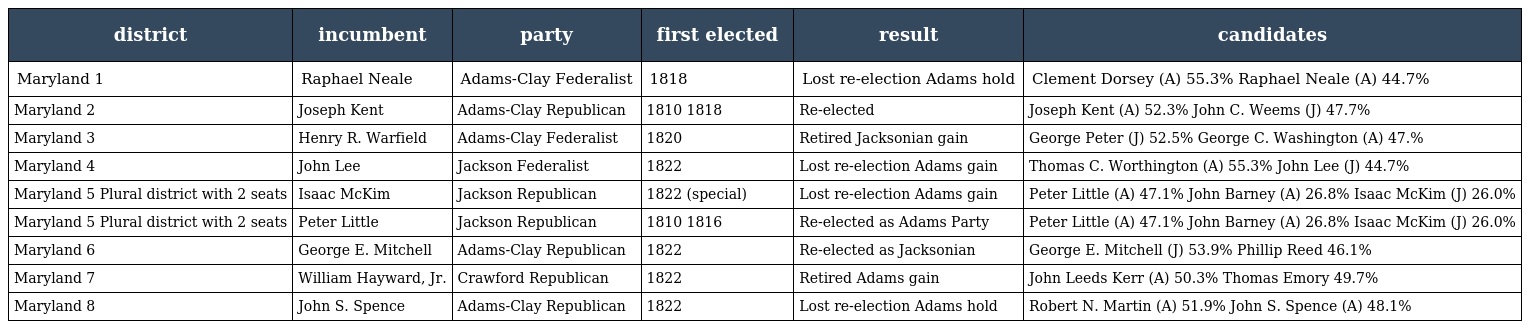
| district | incumbent | party | first elected | result | candidates |
 | --- | --- | --- | --- | --- | --- |
 | Maryland 1 | Raphael Neale | Adams-Clay Federalist | 1818 | Lost re-election Adams hold | Clement Dorsey (A) 55.3% Raphael Neale (A) 44.7% |
 | Maryland 2 | Joseph Kent | Adams-Clay Republican | 1810 1818 | Re-elected | Joseph Kent (A) 52.3% John C. Weems (J) 47.7% |
 | Maryland 3 | Henry R. Warfield | Adams-Clay Federalist | 1820 | Retired Jacksonian gain | George Peter (J) 52.5% George C. Washington (A) 47.% |
 | Maryland 4 | John Lee | Jackson Federalist | 1822 | Lost re-election Adams gain | Thomas C. Worthington (A) 55.3% John Lee (J) 44.7% |
 | Maryland 5 Plural district with 2 seats | Isaac McKim | Jackson Republican | 1822 (special) | Lost re-election Adams gain | Peter Little (A) 47.1% John Barney (A) 26.8% Isaac McKim (J) 26.0% |
 | Maryland 5 Plural district with 2 seats | Peter Little | Jackson Republican | 1810 1816 | Re-elected as Adams Party | Peter Little (A) 47.1% John Barney (A) 26.8% Isaac McKim (J) 26.0% |
 | Maryland 6 | George E. Mitchell | Adams-Clay Republican | 1822 | Re-elected as Jacksonian | George E. Mitchell (J) 53.9% Phillip Reed 46.1% |
 | Maryland 7 | William Hayward, Jr. | Crawford Republican | 1822 | Retired Adams gain | John Leeds Kerr (A) 50.3% Thomas Emory 49.7% |
 | Maryland 8 | John S. Spence | Adams-Clay Republican | 1822 | Lost re-election Adams hold | Robert N. Martin (A) 51.9% John S. Spence (A) 48.1% |